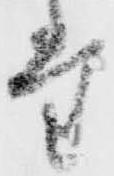
堂